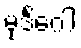
မုဒိင်္ဂေါ